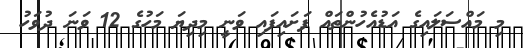
މި މައްސަލައިގެ އަޑުއެހުންތައް ފަށައިފައި ވަނީ މިދިޔަ މަހުގެ 12 ވަނަ ދުވަހު